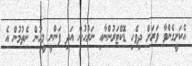
އެކަށީގެންވާ ވަރަށް ދިވެހި ޑޮކްޓަރުންނާއި ނަރުހުން އަދި ފަންނީ މީހުން ނެތުމުން އެ